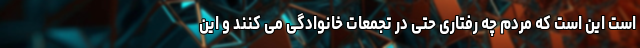
است این است که مردم چه رفتاری حتی در تجمعات خانوادگی می کنند و این